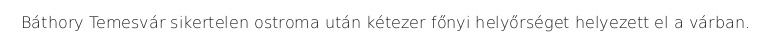
Báthory Temesvár sikertelen ostroma után kétezer főnyi helyőrséget helyezett el a várban.